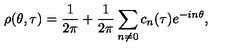
\rho ( \theta , \tau ) = \frac { 1 } { 2 \pi } + \frac { 1 } { 2 \pi } \sum _ { n \neq 0 } c _ { n } ( \tau ) e ^ { - i n \theta } ,